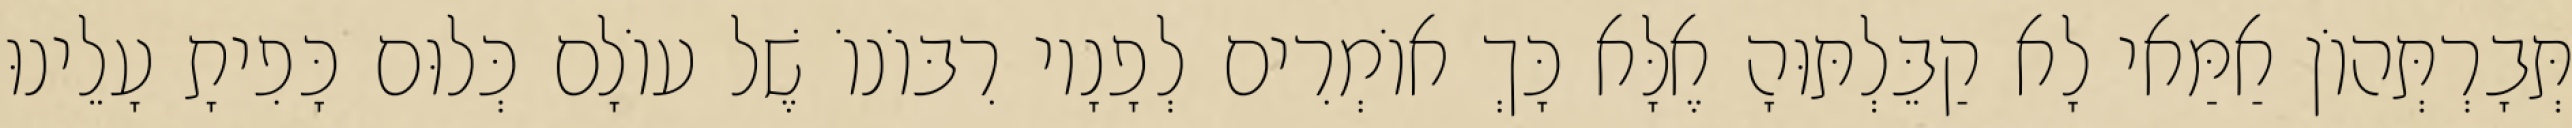
תְּבָרְתְּהוֹן אַמַּאי לָא קַבֵּלְתּוּהָ אֶלָּא כָּךְ אוֹמְרִים לְפָנָיו רִבּוֹנוֹ שֶׁל עוֹלָם כְּלוּם כָּפִיתָ עָלֵינוּ